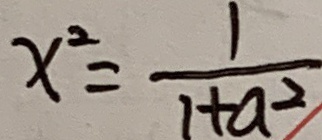
x ^ { 2 } = \frac { 1 } { 1 + a ^ { 2 } }